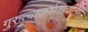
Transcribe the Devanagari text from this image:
गुरुत्वाकर्षणाव्यतिरिक्त